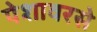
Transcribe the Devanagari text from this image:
पेशावरसे